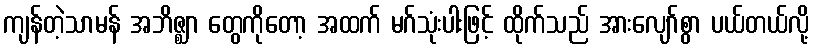
ကျန်တဲ့သာမန် အဘိဇ္ဈာ တွေကိုတော့ အထက် မဂ်သုံးပါးဖြင့် ထိုက်သည် အားလျော်စွာ ပယ်တယ်လို့